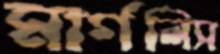
মার্গলিস